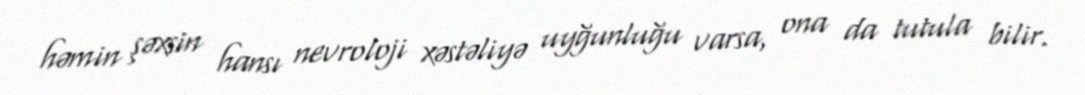
həmin şəxsin hansı nevroloji xəstəliyə uyğunluğu varsa, ona da tutula bilir.